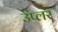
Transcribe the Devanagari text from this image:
उप्लर